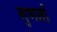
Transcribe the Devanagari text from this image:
गुणनों